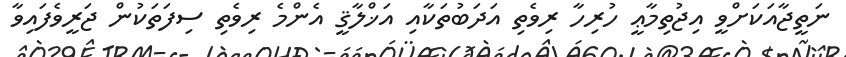
ނަތީޖާއަކަށްވީ އިޖުތިމާޢީ ހުރިހާ ރިވެތި އަދަބުތަކާއި އަޚްލާޤީ އެންމެ ރިވެތި ސިފަތަކުން ޖަރީވެފައިވާ